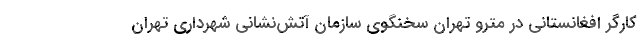
کارگر افغانستانی در مترو تهران سخنگوی سازمان آتش‌نشانی شهرداری تهران